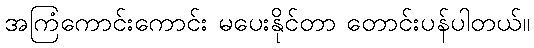
အကြံကောင်းကောင်း မပေးနိုင်တာ တောင်းပန်ပါတယ်။